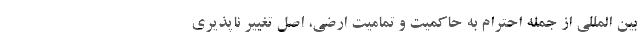
بین المللی از جمله احترام به حاکمیت و تمامیت ارضی، اصل تغییر ناپذیری